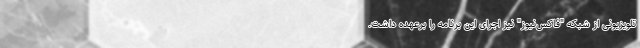
تلویزیونی از شبکه "فاکس‌نیوز" نیز اجرای این برنامه را برعهده داشت.